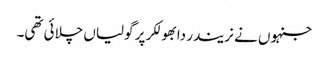
جنہوں نے نریندر دابھولکر پر گولیاں چلائی تھی۔